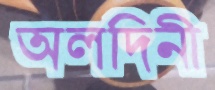
অলদিনী